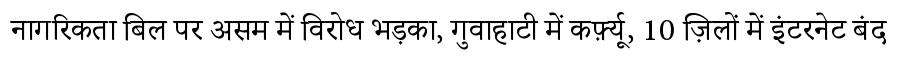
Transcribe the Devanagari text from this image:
नागरिकता बिल पर असम में विरोध भड़का, गुवाहाटी में कर्फ़्यू, 10 ज़िलों में इंटरनेट बंद